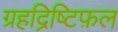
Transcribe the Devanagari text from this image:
ग्रहद्रिष्टिफ़ल